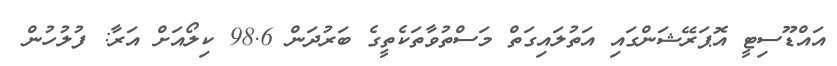
އައްޑޫސިޓީ އޮޕަރޭޝަންގައި އަތުލައިގަތް މަސްތުވާތަކެތީގެ ބަރުދަން 98.6 ކިލޯއަށް އަރާ: ފުލުހުން